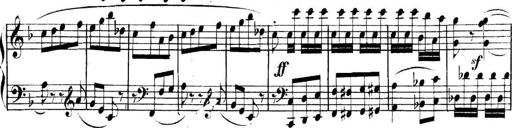
Title: Collected Piano Sonatas
Composer: Muzio Clementi